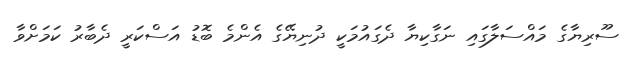
ސޫރިޔާގެ މައްސަލާގައި ނަގާކިޔާ ދެގައުމަކީ ދުނިޔޭގެ އެންމެ ބޮޑު އަސްކަރީ ދެބާރު ކަމަށްވާ